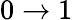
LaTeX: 0\to 1